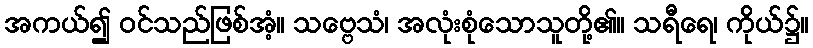
အကယ်၍ ဝင်သည်ဖြစ်အံ့။ သဗ္ဗေသံ၊ အလုံးစုံသောသူတို့၏။ သရီရေ၊ ကိုယ်၌။